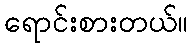
ရောင်းစားတယ်။